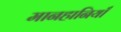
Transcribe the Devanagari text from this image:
मानहानियाँ